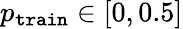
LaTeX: p_{\mathtt{train}}\in[0,0.5]